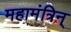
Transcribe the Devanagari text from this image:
महामंत्रिन्‌